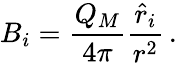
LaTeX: B_{i}={\frac{Q_{M}}{4\pi}}{\frac{{\hat{r}}_{i}}{r^{2}}}\, .